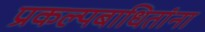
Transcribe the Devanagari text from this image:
प्रकल्पबाधितांना